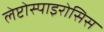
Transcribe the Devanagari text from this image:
लेप्टोस्पाइरोसिस